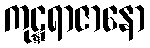
ကုဋ္ဋရာဇာနော